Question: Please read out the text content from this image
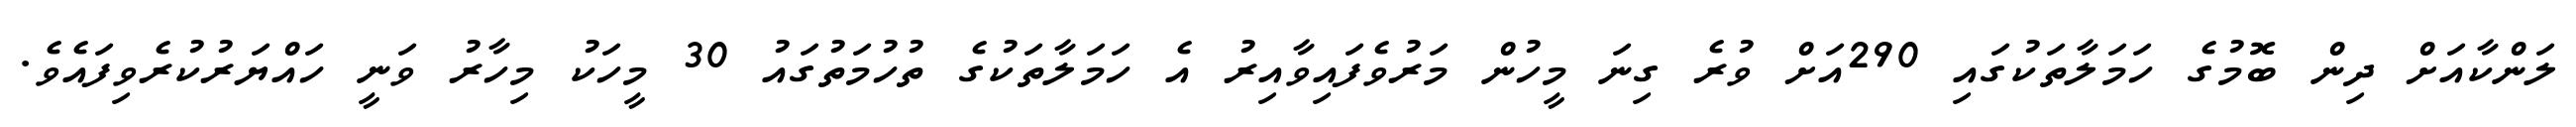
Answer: ލަންކާއަށް ދިން ބޮމުގެ ހަމަލާތަކުގައި 290އަށް ވުރެ ގިނަ މީހުން މަރުވެފައިވާއިރު އެ ހަމަލާތަކުގެ ތުހުމަތުގައު 30 މީހަކު މިހާރު ވަނީ ހައްޔަރުކުރެވިފައެވެ.